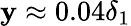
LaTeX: \mathbf{y}\approx0.04\delta_{1}